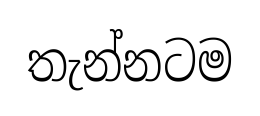
තැන්නටම